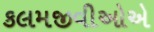
કલમજીવીઓએ